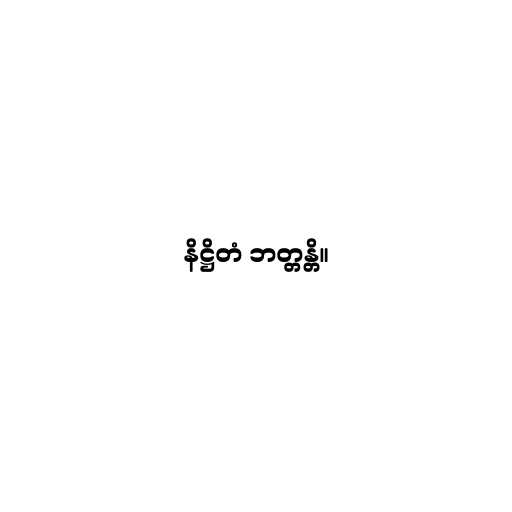
နိဋ္ဌိတံ ဘတ္တန္တိ။